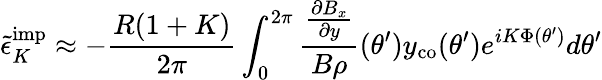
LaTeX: {\tilde{\epsilon}}_{K}^{\textrm{imp}}\approx-\frac{R(1+K)}{2\pi}\int_{0}^{2\pi}\frac{\frac{\partial B_{x}}{\partial y}}{B\rho}(\theta^{\prime})y_{\mathrm{co}}(\theta^{\prime})e^{iK\Phi(\theta^{\prime})}d\theta^{\prime}